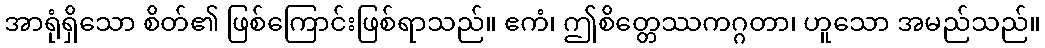
အာရုံရှိသော စိတ်၏ ဖြစ်ကြောင်းဖြစ်ရာသည်။ ဧကံ၊ ဤစိတ္တေဿကဂ္ဂတာ၊ ဟူသော အမည်သည်။